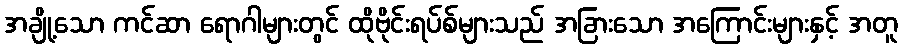
အချို့သော ကင်ဆာ ရောဂါများတွင် ထိုဗိုင်းရပ်စ်များသည် အခြားသော အကြောင်းများနှင့် အတူ